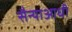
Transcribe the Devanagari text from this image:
सैन्याआधी